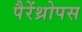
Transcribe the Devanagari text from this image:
पैरेंथ्रोपस